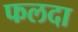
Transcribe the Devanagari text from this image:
फलदा